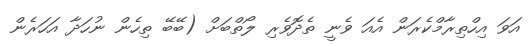
އަވަ އިހްތިރާމްކެރަން އެއަ ވެނީ ތެދޮވެރި ލޯތްބަށް (ބޭބޭ ތިހެން ނުހަދާ އަހަރެން